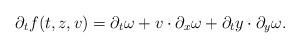
LaTeX: \begin{align*}\partial_tf(t,z,v)=\partial_t\omega+v\cdot\partial_x\omega+\partial_ty\cdot\partial_y\omega.\end{align*}